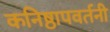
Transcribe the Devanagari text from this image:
कनिष्ठापवर्तनी